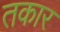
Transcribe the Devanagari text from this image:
तकार